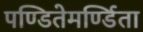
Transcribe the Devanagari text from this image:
पण्डितेमर्ण्डिता